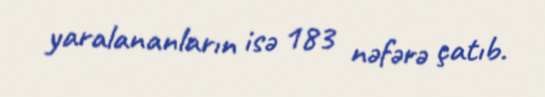
yaralananların isə 183 nəfərə çatıb.